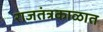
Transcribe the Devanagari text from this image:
राजतंत्रकाळात